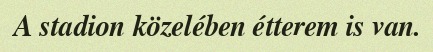
A stadion közelében étterem is van.